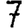
Digit: 7